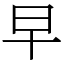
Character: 早